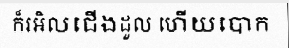
ក៏រអិលជើងដួល ហើយបោក